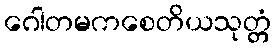
ဂေါတမကစေတိယသုတ္တံ